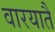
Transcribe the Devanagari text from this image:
वारयातै